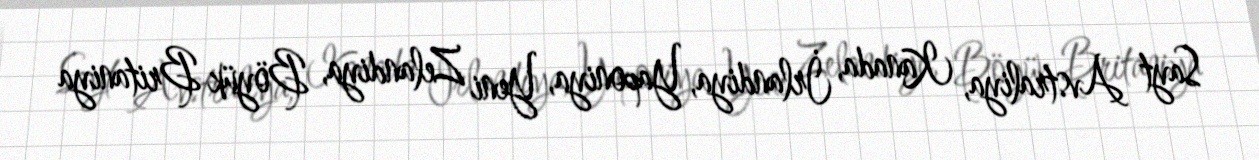
Sayt Avstraliya, Kanada, İrlandiya, Yaponiya, Yeni Zelandiya, Böyük Britaniya